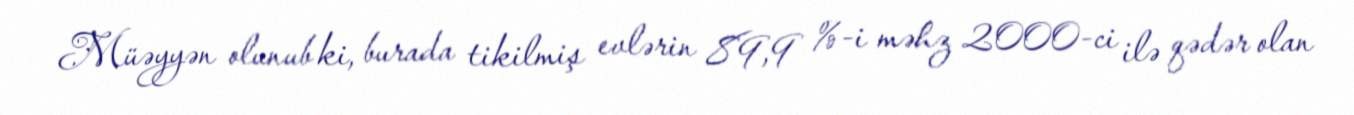
Müəyyən olunub ki, burada tikilmiş evlərin 89,9 %-i məhz 2000-ci ilə qədər olan